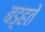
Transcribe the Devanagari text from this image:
बड़्हते